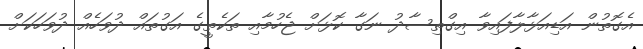
އެގޮތުން އަޑިއަޅާލާފައިވާ އިގްތިސާދު ނަގާ ކޮޅަށް ޖެހުމާއި ތަކެތީގެ އަގުތައް ދުވަހެއް ދުވަހަކަށް